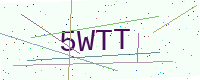
Text: 5WTT